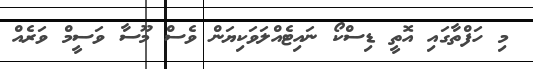
މި ހަފްތާގައި އޮތީ ޑިސްކޯ ނައިޓެއްލަވަކިޔަން ވެސް މޫސާ ވަސީމް ވަރެއް